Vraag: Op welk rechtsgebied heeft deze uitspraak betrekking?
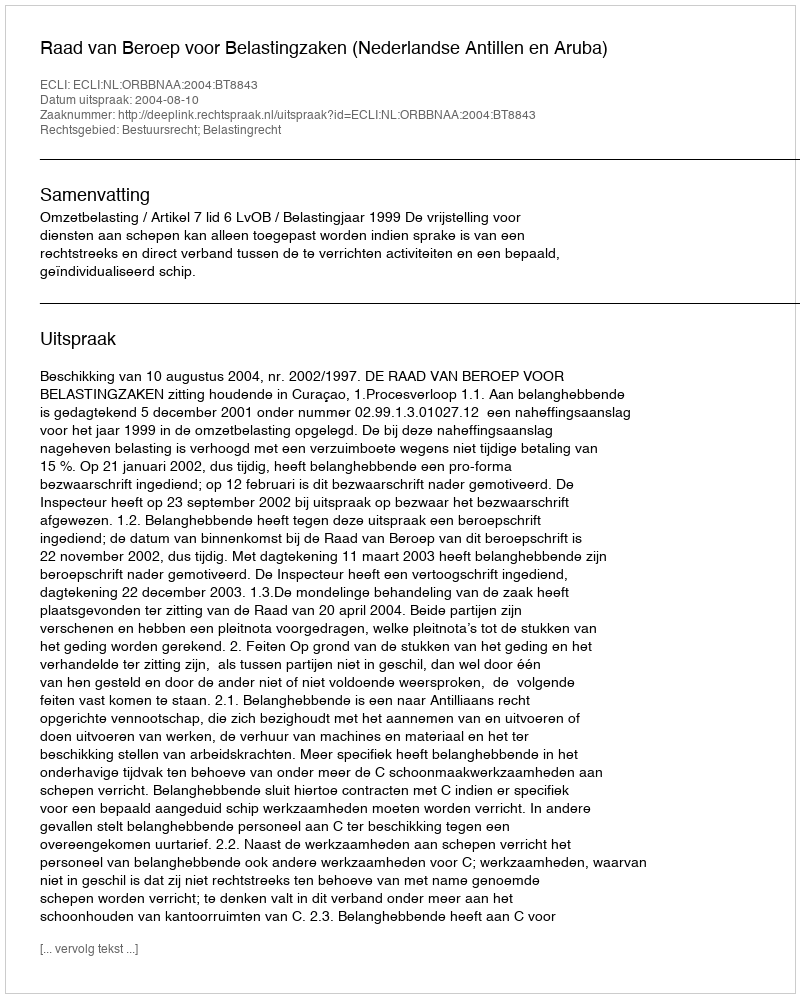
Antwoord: Bestuursrecht; Belastingrecht